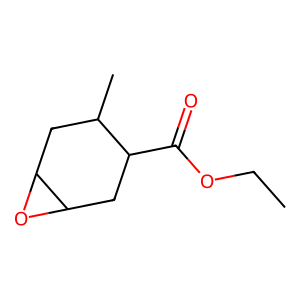
SMILES: CCOC(=O)C1CC2OC2CC1C
Inhibits HIV replication: No